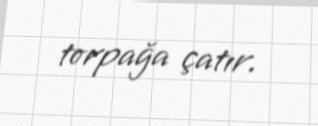
torpağa çatır.